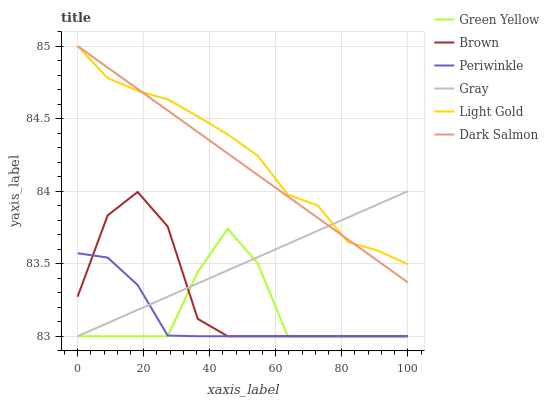
| xaxis_label | Green Yellow | Brown | Periwinkle | Gray | Light Gold | Dark Salmon |
 | --- | --- | --- | --- | --- | --- | --- |
 | 0 | 83 | 83.3 | 83.6 | 83 | 85 | 85 |
 | 9.09 | 83 | 83.8 | 83.5 | 83.1 | 84.8 | 84.9 |
 | 18.2 | 83 | 84 | 83.4 | 83.2 | 84.7 | 84.7 |
 | 27.3 | 83 | 83.8 | 83 | 83.3 | 84.6 | 84.6 |
 | 36.4 | 83.4 | 83.1 | 83 | 83.4 | 84.5 | 84.4 |
 | 45.5 | 83.7 | 83 | 83 | 83.5 | 84.4 | 84.3 |
 | 54.5 | 83.5 | 83 | 83 | 83.5 | 84.2 | 84.1 |
 | 63.6 | 83 | 83 | 83 | 83.6 | 84 | 84 |
 | 72.7 | 83 | 83 | 83 | 83.7 | 83.9 | 83.8 |
 | 81.8 | 83 | 83 | 83 | 83.8 | 83.7 | 83.7 |
 | 90.9 | 83 | 83 | 83 | 83.9 | 83.6 | 83.5 |
 | 100 | 83 | 83 | 83 | 84 | 83.5 | 83.4 |